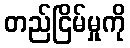
တည်ငြိမ်မှုကို